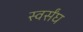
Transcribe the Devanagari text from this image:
स्वर्संघ